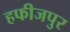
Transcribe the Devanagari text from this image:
हफीजपुर